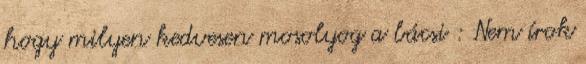
hogy milyen kedvesen mosolyog a bácsi : Nem írok